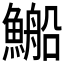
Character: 𲍀